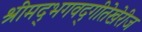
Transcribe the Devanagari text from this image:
श्रीमद्‌भगवद्‌गीतेखेरीज